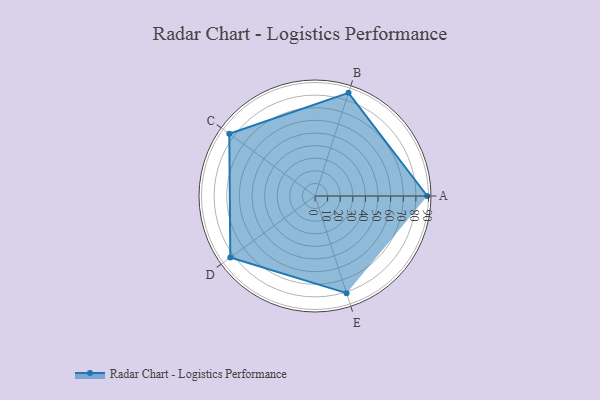
{"axis": {"x": "Skill", "y": "Score"}, "legend": ["Profile"], "data": [{"x": "A", "y": 89.0, "type": "Profile"}, {"x": "B", "y": 86.0, "type": "Profile"}, {"x": "C", "y": 84.0, "type": "Profile"}, {"x": "D", "y": 83.0, "type": "Profile"}, {"x": "E", "y": 81.0, "type": "Profile"}]}